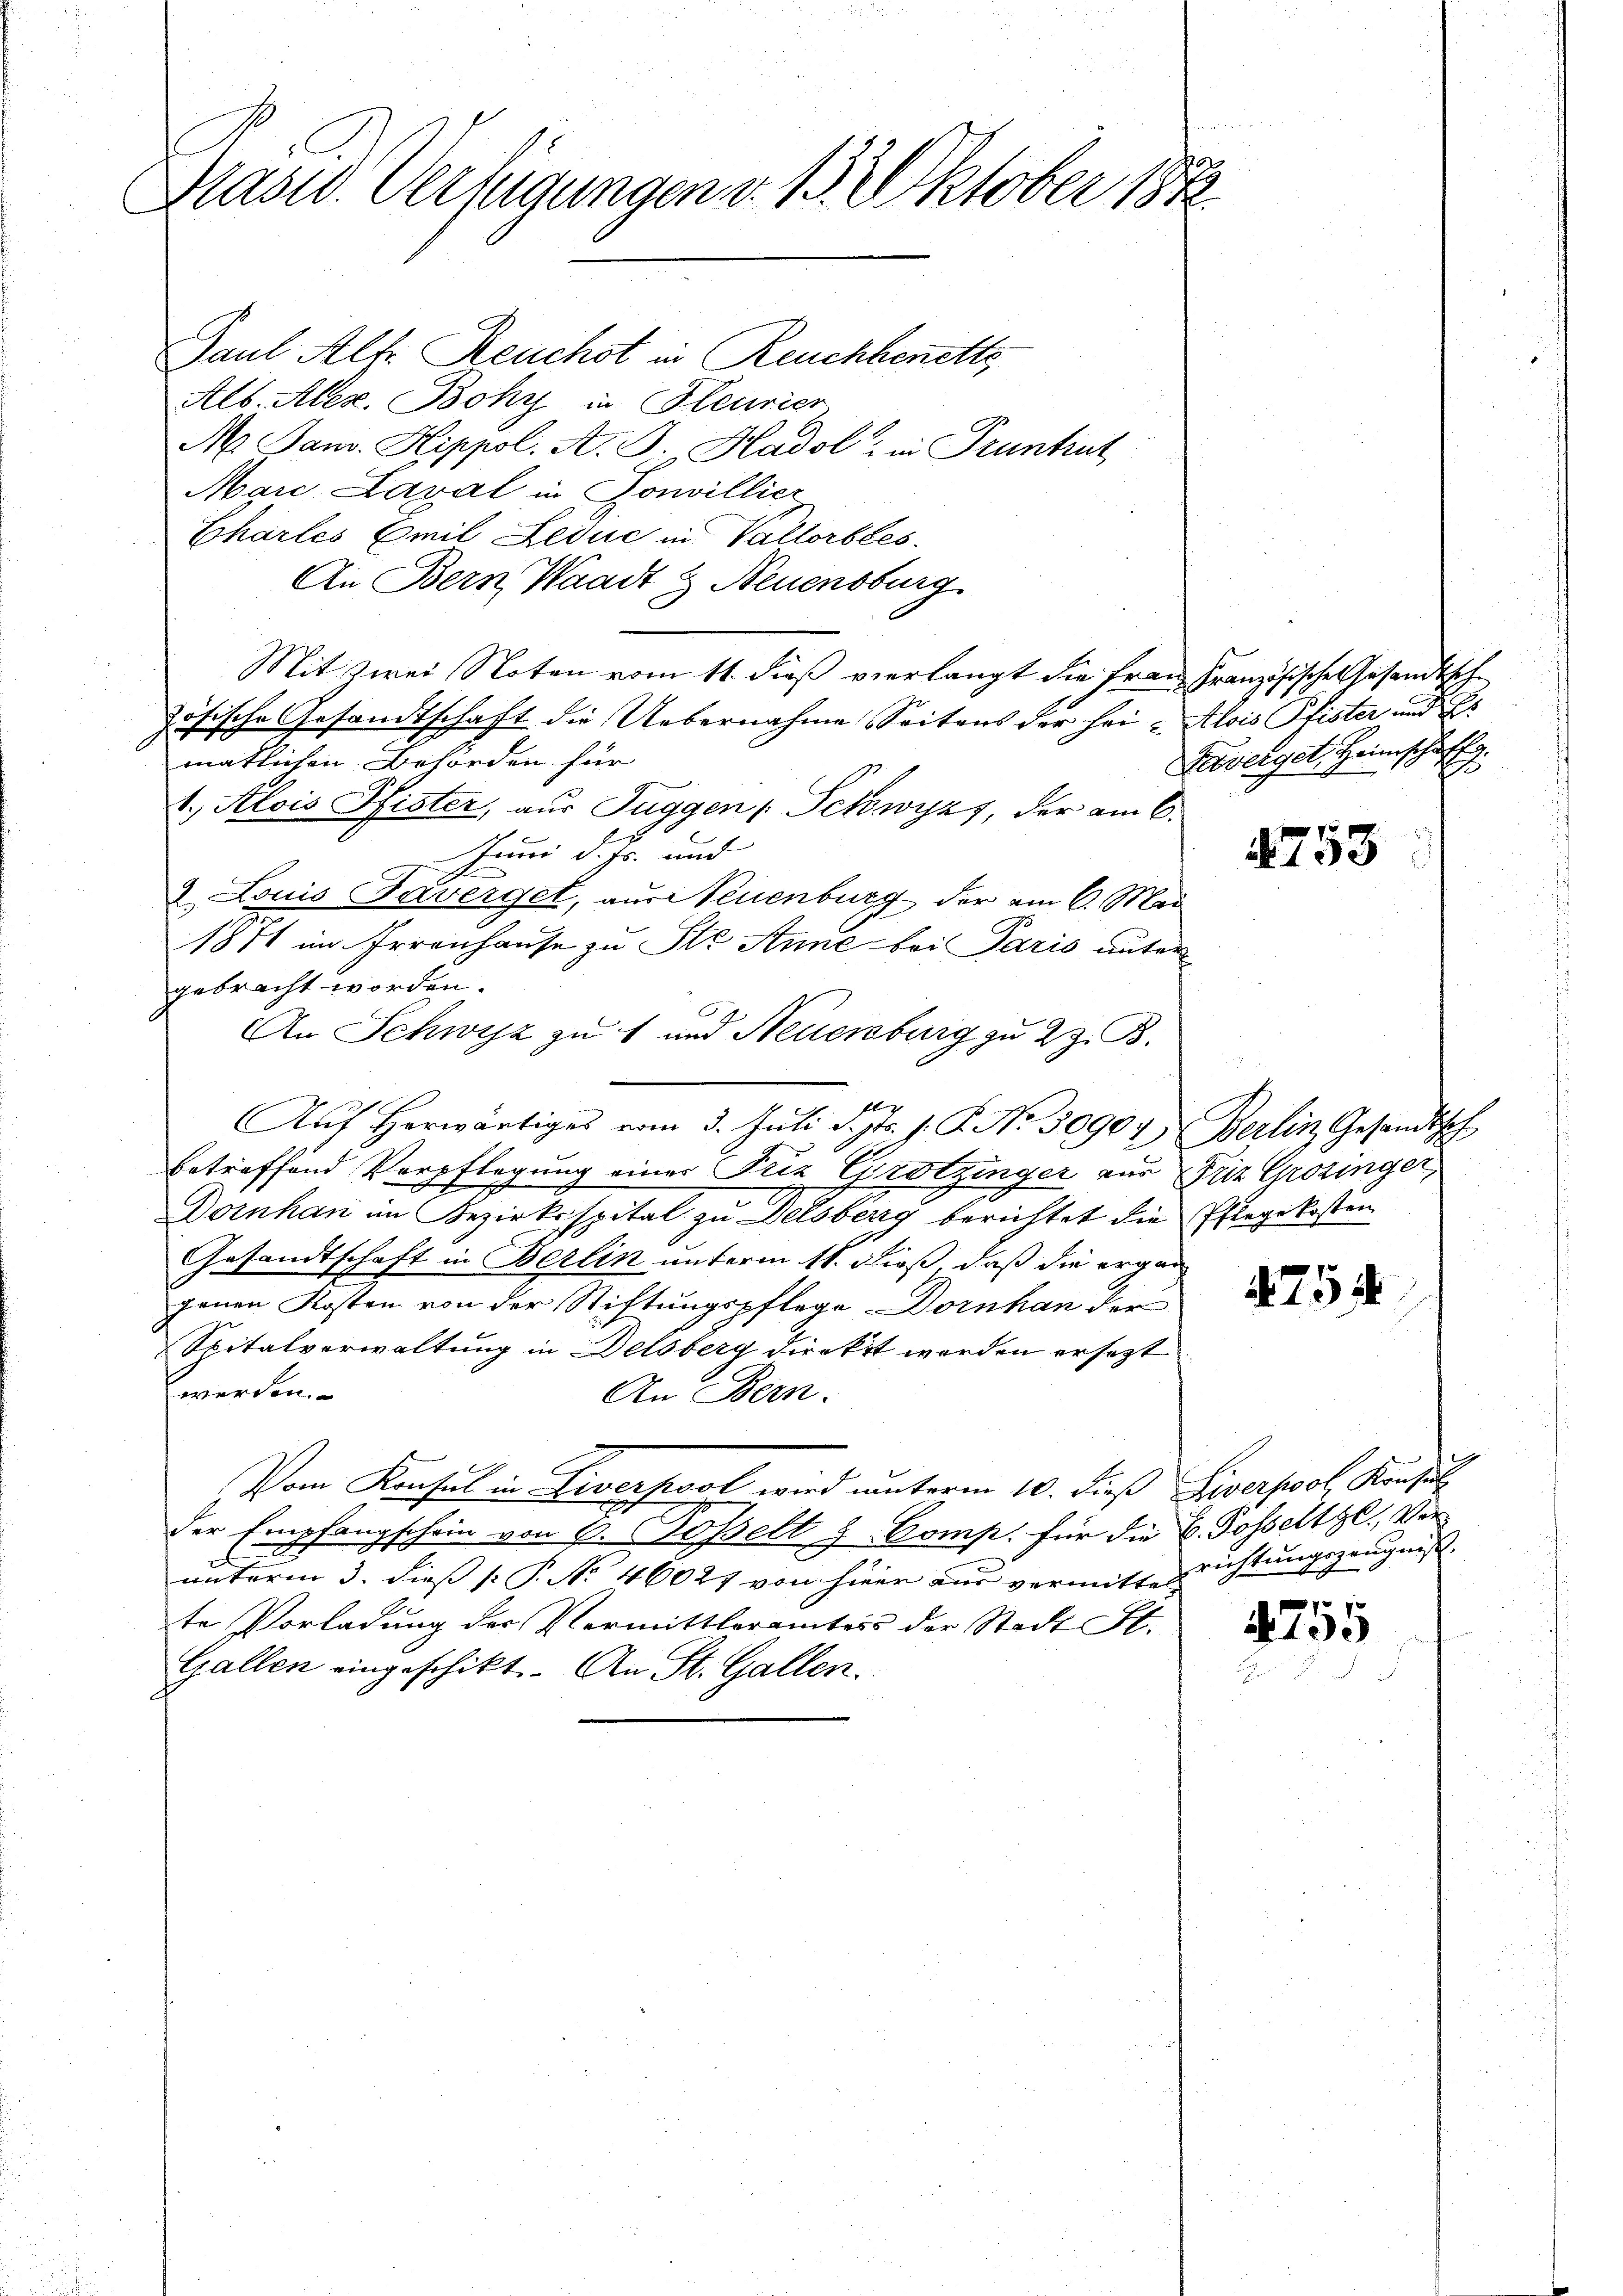
u
Präsid. Verfügungen d. 15. Oktober 1872
Paul Alfr. Reuchst in Reuchberette
Als. Alex. Bohy in Heurier
M. Jan. Hippol. A. B. Hadol, in Pruntrut
Marc Laval in Konvillier

Chartes Emil Leduc in Vallorbées.
An Bern, Waadt & Neuensburg
Mit zwei Noten vom 11. dieß verlangt die Frau Französische Gesandtsche
zösische Gesandtschaft die Uebernahme Seitens der heimatlichen Behörden für
1. Alois Pfister, aus Fuggen Schwyz, der am 6.
Juni d. Js. und
2. Louis Taverget, aus Neuenburg der am 6. Mai
1871 im Irrenhause zu Sti Anne bei Paris unter
gebracht worden.
An Schwyz zu 1 und Neuenburg zu 2 Z. B.
Aŭf herwärtiges vom 3. Juli Spt. 1. P. Nr. 50907) Berlin Gesandts
betreffend Verpflegung einer Für Grotzinger zur Friz Grozinger,
Dornhau in Bezirksspital zu Delsberg berichtet die
Gesandtschaft in Berlin unterm 11. dieß, daß die ergänjenen Kosten von der Stiftungspflege Dornhan der
Spitalverwaltung in Delsberg direkt werden ersetzt
werden
An Bern.
Vom Konsul in Liverpool wird unterm 10. dieß Liverpool, Konsul
der Empfangschein von 6. Rosselt & Comp. für die E. Posselt gl. Verunterm 3. dieß [ P. No 46027 von hier aus vermittel
te Vorladung des Vermittleramtes der Stadt St.
Gallen eingeschikt. An St. Gallen.

Alois Pfister und Er
Keverget, Heimsche
E

4753

Pflege kosten.

4751

2

richtungszeugnis.

i

755